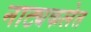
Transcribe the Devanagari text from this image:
नाट्यकलेत